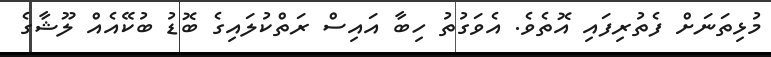
މުޅިތަނަށް ފެެތުރިފައި އޮތެވެ. އެވަގުތު ހިބާ އައިސް ރަތްކުލައިގެ ބޮޑު ބުކޭއެއް ލޫޝާގެ